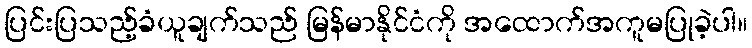
ပြင်းပြသည့်ခံယူချက်သည် မြန်မာနိုင်ငံကို အထောက်အကူမပြုခဲ့ပါ။